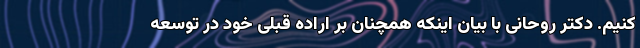
کنیم. دکتر روحانی با بیان اینکه همچنان بر اراده قبلی خود در توسعه